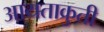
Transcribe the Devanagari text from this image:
आयताक्रुती